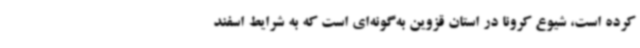
کرده است، شیوع کرونا در استان قزوین به‌گونه‌ای است که به شرایط اسفند